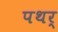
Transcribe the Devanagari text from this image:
पथर्